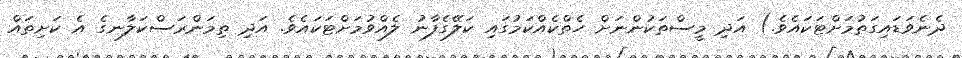
ދެނެވަޑައިގަތުމަށްޓަކައެވެ.) އަދި މީސްތަކުންނަށް ހެތްކެއްކަމުގައި ކަލޭގެފާނު ލެއްވުމަށްޓަކައެވެ. އަދި ތިމަންރަސްކަލާނގެ އެ ކަށިތައް